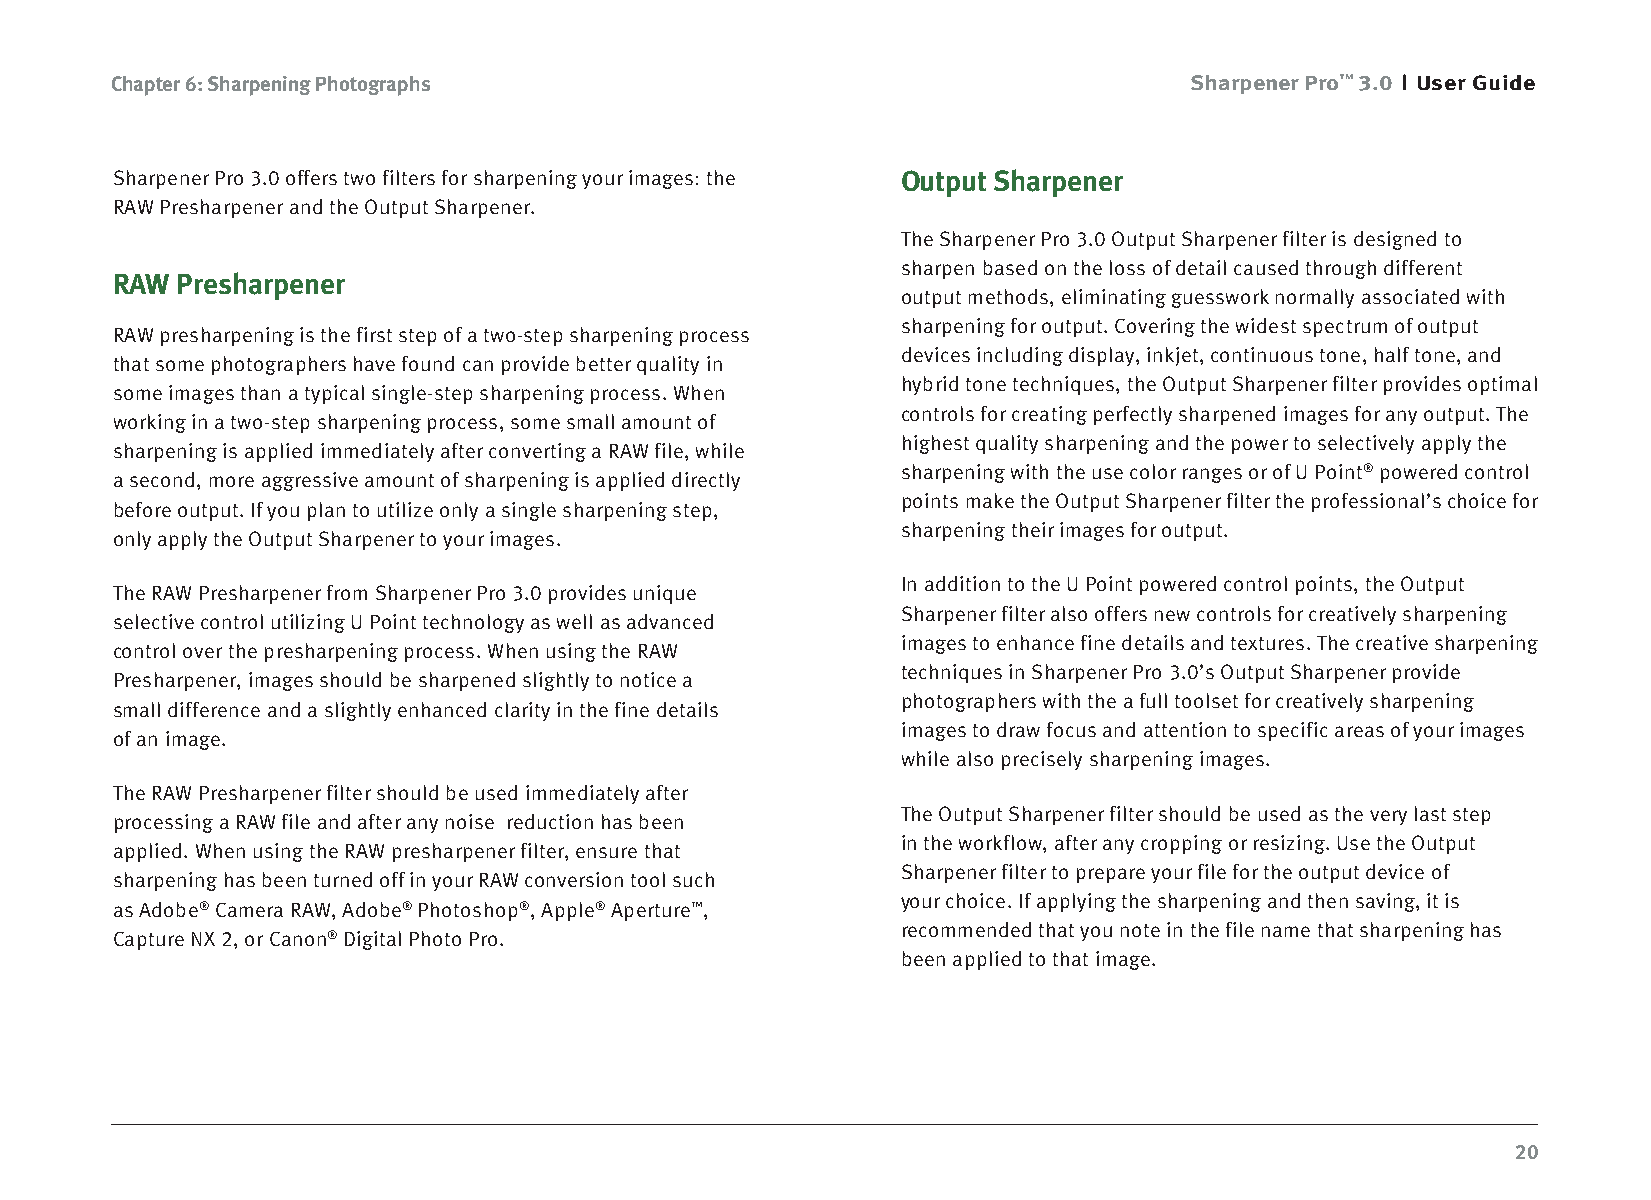
Chapter 6: Sharpening Photographs                                       Sharpener Pro™ 3.0 User Guide
 Sharpener Pro 3.0 offers two filters for sharpening your images: the Output Sharpener
 RAW Presharpener and the Output Sharpener.
 The Sharpener Pro 3.0 Output Sharpener filter is designed to
 sharpen based on the loss of detail caused through different
 RAW  Presharpener
 output methods, eliminating guesswork normally associated with
 sharpening for output. Covering the widest spectrum of output
 RAW presharpening is the first step of a two-step sharpening process
 devices including display, inkjet, continuous tone, half tone, and
 that some photographers have found can provide better quality in
 hybrid tone techniques, the Output Sharpener filter provides optimal
 some images than a typical single-step sharpening process. When
 controls for creating perfectly sharpened images for any output. The
 working in a two-step sharpening process, some small amount of
 highest quality sharpening and the power to selectively apply the
 sharpening is applied immediately after converting a RAW file, while
 sharpening with the use color ranges or of U Point® powered control
 a second, more aggressive amount of sharpening is applied directly
 points make the Output Sharpener filter the professional’s choice for
 before output. If you plan to utilize only a single sharpening step,
 sharpening their images for output.
 only apply the Output Sharpener to your images.
 In addition to the U Point powered control points, the Output
 The RAW Presharpener from Sharpener Pro 3.0 provides unique
 Sharpener filter also offers new controls for creatively sharpening
 selective control utilizing U Point technology as well as advanced
 images to enhance fine details and textures. The creative sharpening
 control over the presharpening process. When using the RAW
 techniques in Sharpener Pro 3.0’s Output Sharpener provide
 Presharpener, images should be sharpened slightly to notice a
 photographers with the a full toolset for creatively sharpening
 small difference and a slightly enhanced clarity in the fine details
 images to draw focus and attention to specific areas of your images
 of an image.
 while also precisely sharpening images.
 The RAW Presharpener filter should be used immediately after
 The Output Sharpener filter should be used as the very last step
 processing a RAW file and after any noise reduction has been
 in the workflow, after any cropping or resizing. Use the Output
 applied. When using the RAW presharpener filter, ensure that
 Sharpener filter to prepare your file for the output device of
 sharpening has been turned off in your RAW conversion tool such
 your choice. If applying the sharpening and then saving, it is
 as Adobe® Camera RAW, Adobe® Photoshop®, Apple® Aperture™,
 recommended that you note in the file name that sharpening has
 Capture NX 2, or Canon® Digital Photo Pro.
 been applied to that image.
 20